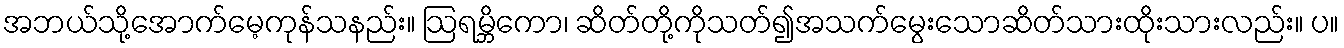
အဘယ်သို့အောက်မေ့ကုန်သနည်း။ ဩရမ္ဘိကော၊ ဆိတ်တို့ကိုသတ်၍အသက်မွေးသောဆိတ်သားထိုးသားလည်း။ ပ။